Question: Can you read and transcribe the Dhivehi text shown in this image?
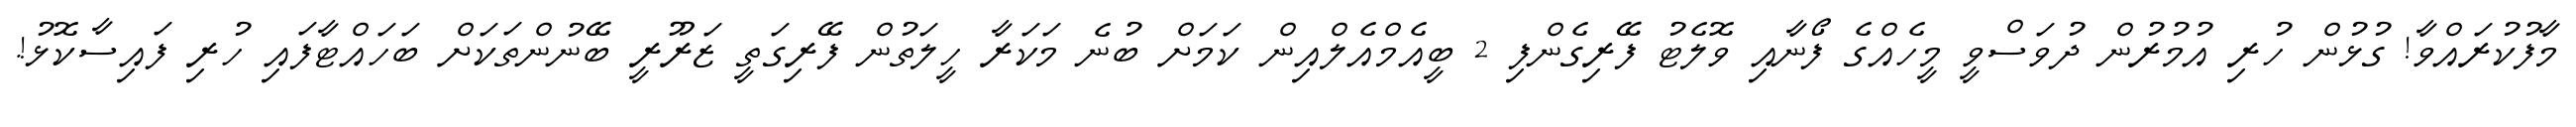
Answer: މާފުކުރައްވާ! ގުޅުން ހުރި އުމުރުން ދުވަސްވީ މީހެއްގެ ފޯނާއި ވޮލެޓު ފޭރިގެންފި 2 ބީއެމްއެލްއިން ކަމަށް ބުނެ މަކަރާ ހީލަތުން ފޭރިގަތީ ޒަރޫރީ ބޭނުންތަކަށް ބަހައްޓާފައި ހުރި ފައިސާކޮޅު!.